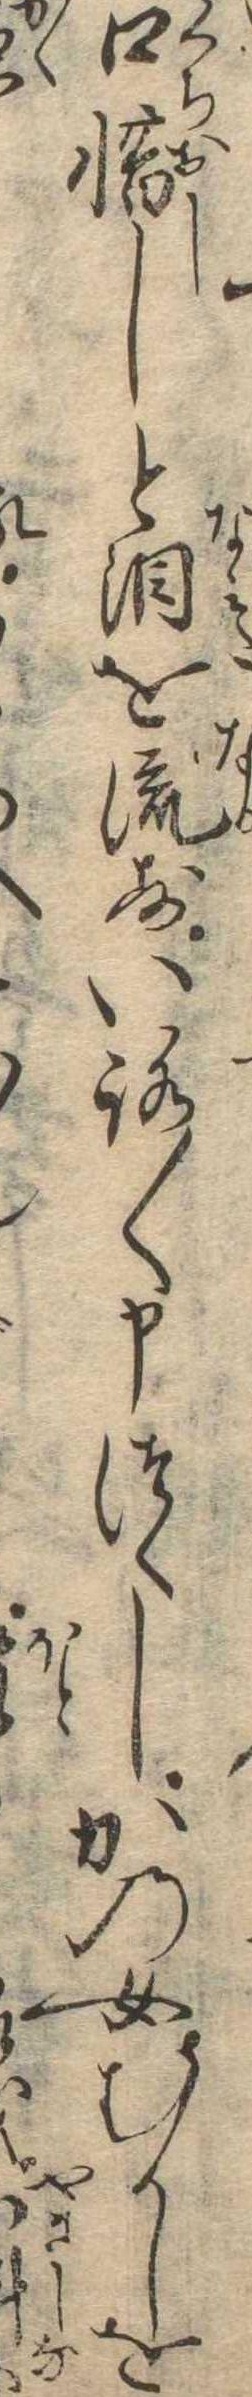
口惜しと涙を流すいろ〱申つくしかの女むかしを